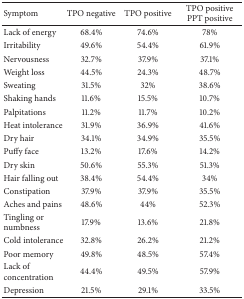
| Symptom | TPO negative | TPO positive | TPO positive PPT positive |
 | --- | --- | --- | --- |
 | Lack of energy | 68.4% | 74.6% | 78% |
 | Irritability | 49.6% | 54.4% | 61.9% |
 | Nervousness | 32.7% | 37.9% | 37.1% |
 | Weight loss | 44.5% | 24.3% | 48.7% |
 | Sweating | 31.5% | 32% | 38.6% |
 | Shaking hands | 11.6% | 15.5% | 10.7% |
 | Palpitations | 11.2% | 11.7% | 10.2% |
 | Heat intolerance | 31.9% | 36.9% | 41.6% |
 | Dry hair | 34.1% | 34.9% | 35.5% |
 | Puffy face | 13.2% | 17.6% | 14.2% |
 | Dry skin | 50.6% | 55.3% | 51.3% |
 | Hair falling out | 38.4% | 54.4% | 34% |
 | Constipation | 37.9% | 37.9% | 35.5% |
 | Aches and pains | 48.6% | 44% | 52.3% |
 | Tingling or numbness | 17.9% | 13.6% | 21.8% |
 | Cold intolerance | 32.8% | 26.2% | 21.2% |
 | Poor memory | 49.8% | 48.5% | 57.4% |
 | Lack of concentration | 44.4% | 49.5% | 57.9% |
 | Depression | 21.5% | 29.1% | 33.5% |